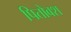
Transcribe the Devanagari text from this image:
पितोबश